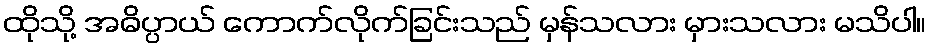
ထိုသို့ အဓိပ္ပာယ် ကောက်လိုက်ခြင်းသည် မှန်သလား မှားသလား မသိပါ။